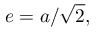
e = a / { \sqrt { 2 } } ,